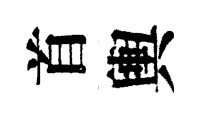
首輿